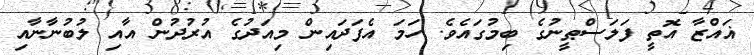
ޣައްޒާ އޮތީ ފަލަސްޠީނުގެ ބިމުގައެވެ. ހަމަ އެފަދައިން މިއަދުގެ އުރުދުން އާއި ލުބުނާނާއި